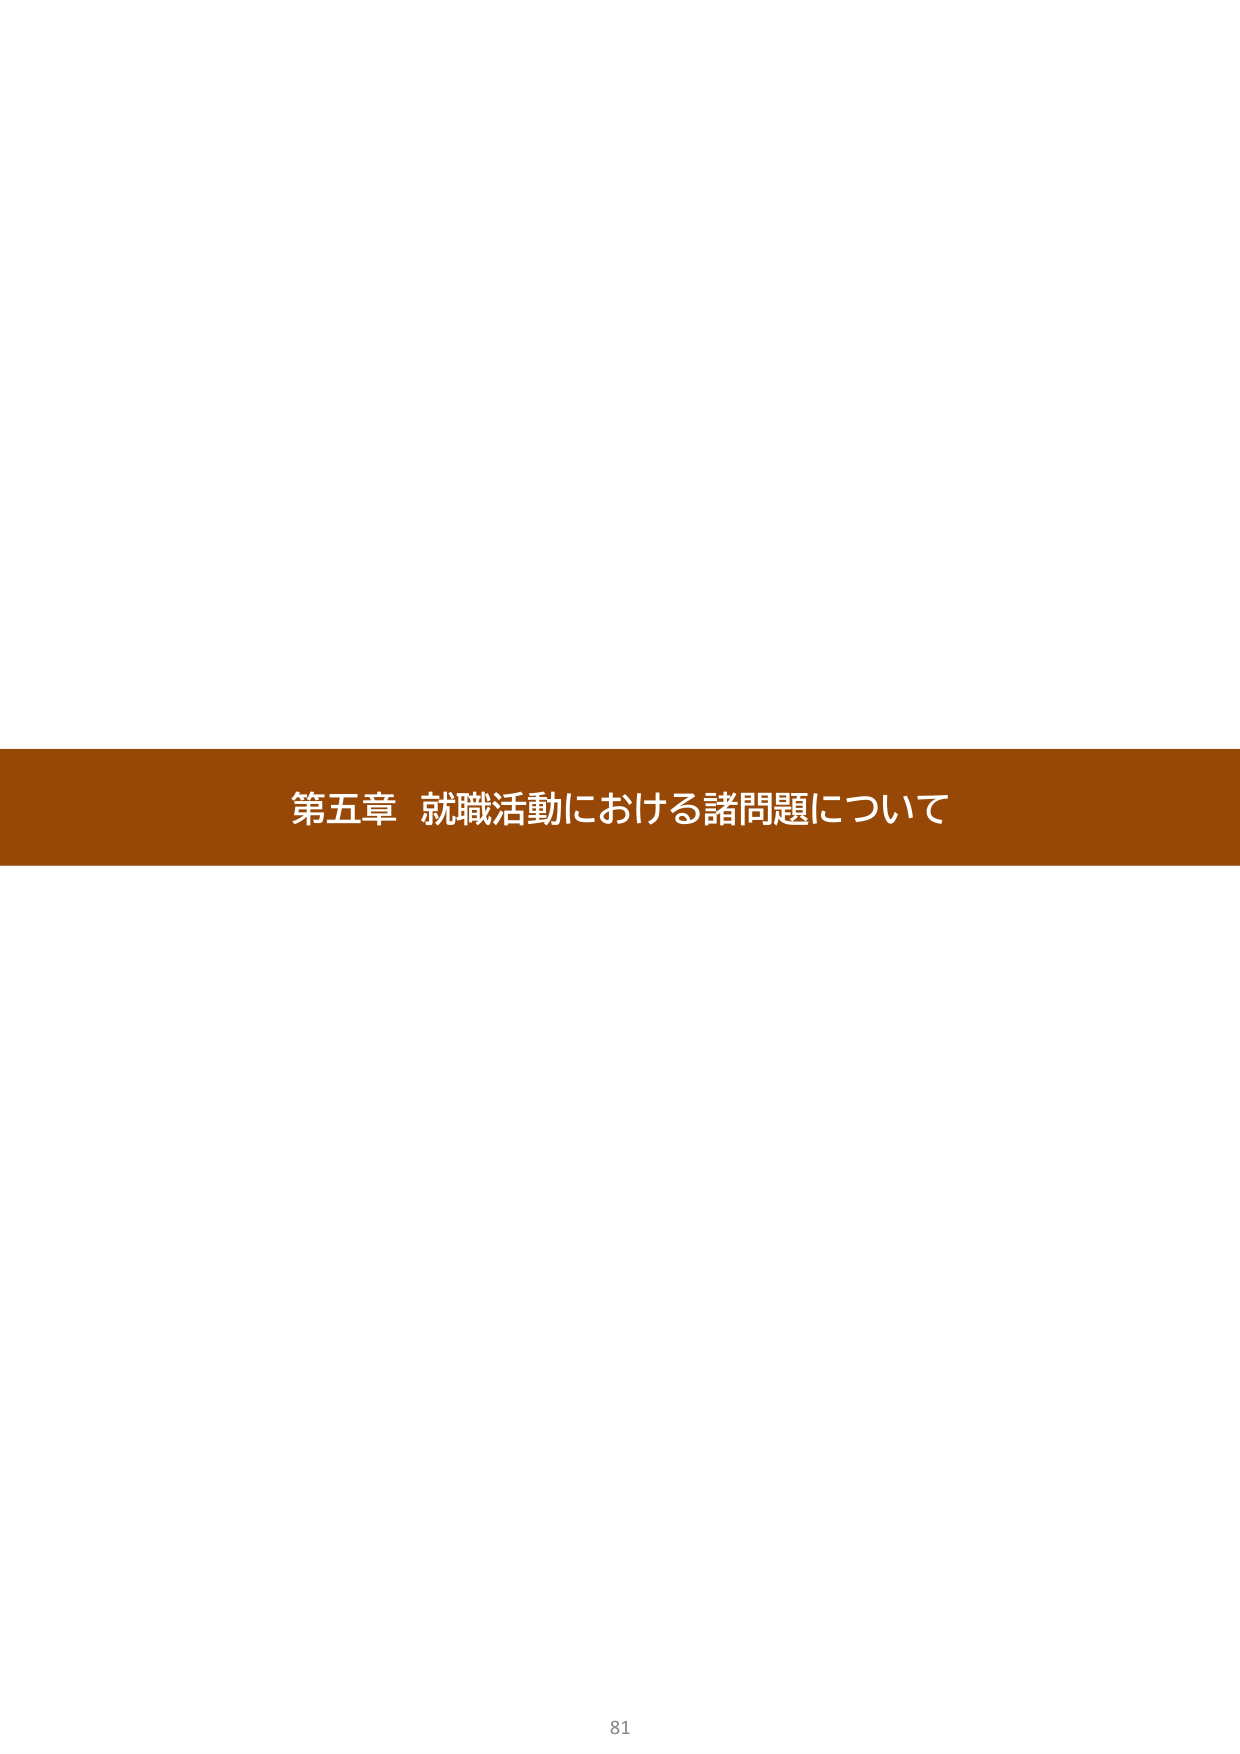
第五章 就職活動における諸問題について
81